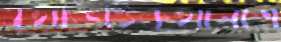
বুথভিত্তিকথানাগ